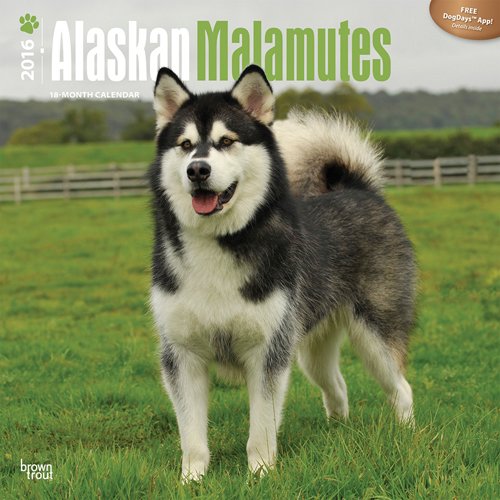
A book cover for Alaskan Malamutes 2016 Square 12x12; Browntrout Publishers; Calendars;